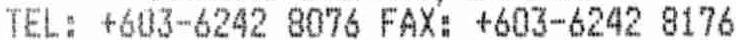
TEL: +603-6242 8076 FAX: +603-6242 8176